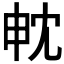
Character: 𭻄